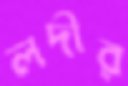
লদীর